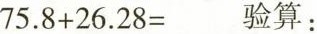
$$7 5 . 8 + 2 6 . 2 8 =$$验算: